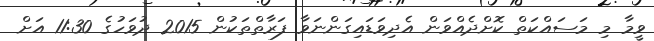
ވީމާ މި މަސައްކަތް ކޮށްދެއްވަން އެދިވަޑައިގަންނަވާ ފަރާތްތަކުން 2015 ދުވަހުގެ 11:30 އަށް